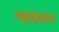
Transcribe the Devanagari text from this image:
महदंबाच